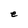
Character: e